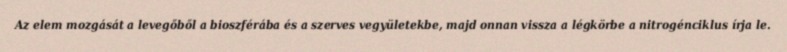
Az elem mozgását a levegőből a bioszférába és a szerves vegyületekbe, majd onnan vissza a légkörbe a nitrogénciklus írja le.